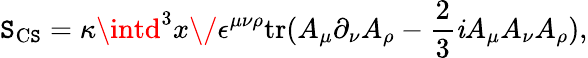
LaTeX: \mathtt{S}_{\mathrm{{C\mathtt{S}}}}=\kappa\intd^{3}x\/ \epsilon^{\mu\nu\rho}\mathrm{{tr}}(A_{\mu}\partial_{\nu}A_{\rho}-\frac{{2}}{{3}}{\mathit{i}}A_{\mu}A_{\nu}A_{\rho}),